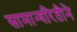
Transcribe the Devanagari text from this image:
सामान्यरितीने